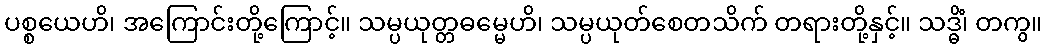
ပစ္စယေဟိ၊ အကြောင်းတို့ကြောင့်။ သမ္ပယုတ္တဓမ္မေဟိ၊ သမ္ပယုတ်စေတသိက် တရားတို့နှင့်။ သဒ္ဓိံ၊ တကွ။